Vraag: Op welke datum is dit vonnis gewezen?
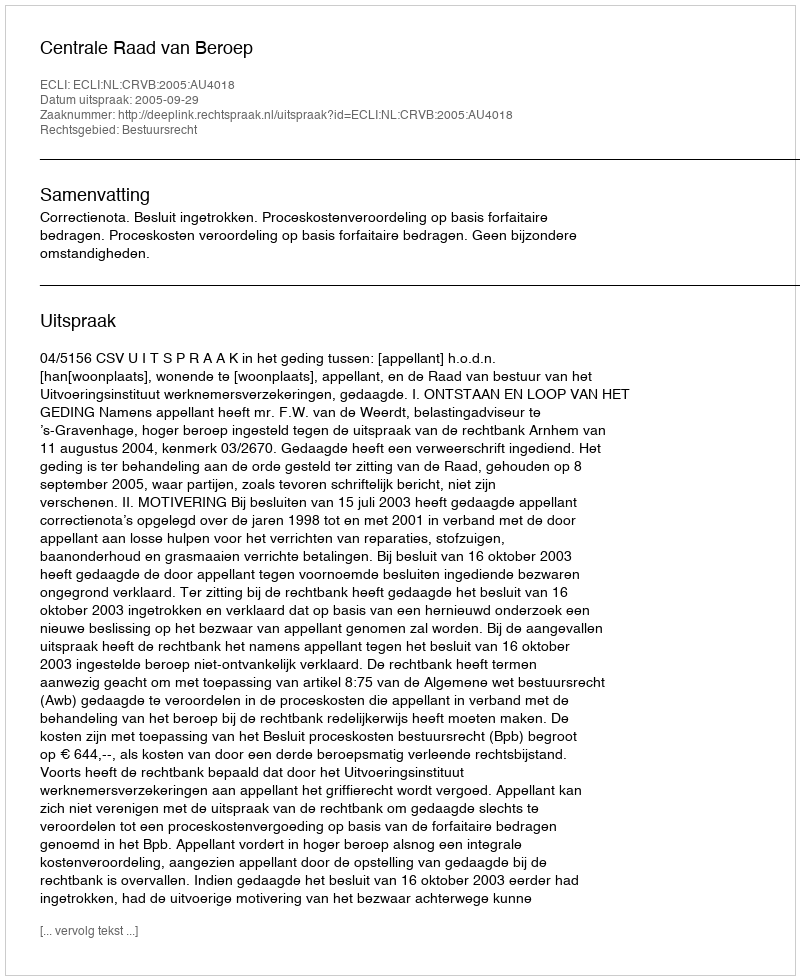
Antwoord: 2005-09-29